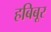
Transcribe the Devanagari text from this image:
हबिबूर